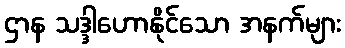
ဌာန သဒ္ဒါဟောနိုင်သော အနက်များ